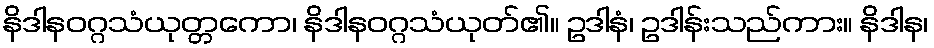
နိဒါနဝဂ္ဂသံယုတ္တကော၊ နိဒါနဝဂ္ဂသံယုတ်၏။ ဥဒါနံ၊ ဥဒါန်းသည်ကား။ နိဒါန၊